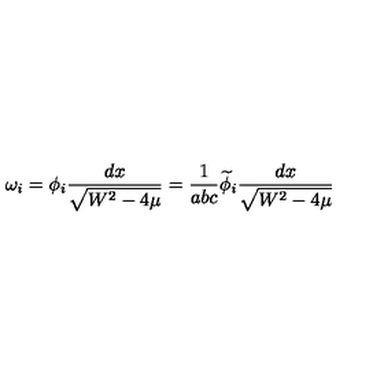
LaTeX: \omega _ { i } = \phi _ { i } \frac { d x } { \sqrt { W ^ { 2 } - 4 \mu } } = \frac { 1 } { a b c } \widetilde { \phi } _ { i } \frac { d x } { \sqrt { W ^ { 2 } - 4 \mu } }